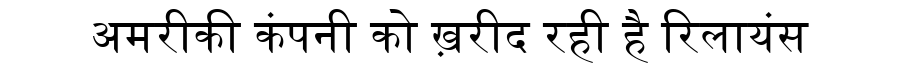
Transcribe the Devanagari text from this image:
अमरीकी कंपनी को ख़रीद रही है रिलायंस